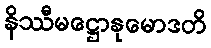
နိဿီမဋ္ဌောနုမောဒတိ